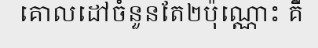
គោលដៅចំនួនតែ២ប៉ុណ្ណោះ គឺ